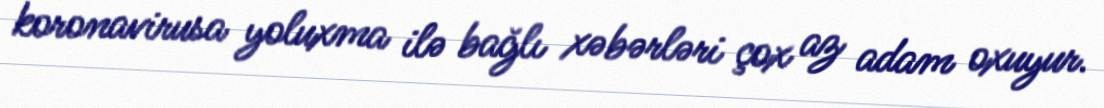
koronavirusa yoluxma ilə bağlı xəbərləri çox az adam oxuyur.